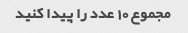
مجموع 10 عدد را پیدا کنید